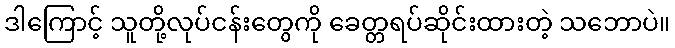
ဒါကြောင့် သူတို့လုပ်ငန်းတွေကို ခေတ္တရပ်ဆိုင်းထားတဲ့ သဘောပဲ။